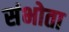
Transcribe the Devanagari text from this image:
संभोता